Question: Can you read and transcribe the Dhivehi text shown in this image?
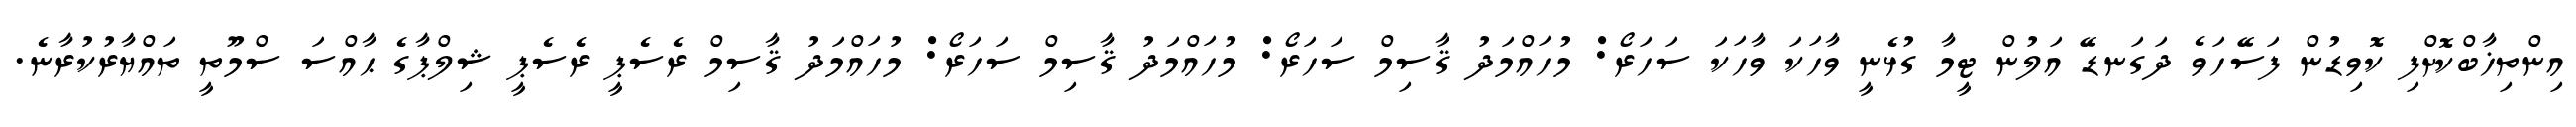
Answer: އިންތިޚާބްކޮށްފި ކޮވިޑުން ފަސޭހަވެ ދަގަނޑޭ އަލުން ޓީމާ ގުޅެނީ ވާހަކަ ވާހަކަ ސަހަރޯ: މުހައްމަދު ޤާސިމް ސަހަރޯ: މުހައްމަދު ޤާސިމް ސަހަރޯ: މުހައްމަދު ޤާސިމް ރެސެޕީ ރެސެޕީ ޝިލްޕާގެ ޙާއްސަ ސްމޫތީ ތައްޔާރުކުރާނެ.